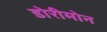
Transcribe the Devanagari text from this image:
डोरीमोन